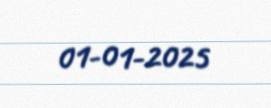
01-01-2025